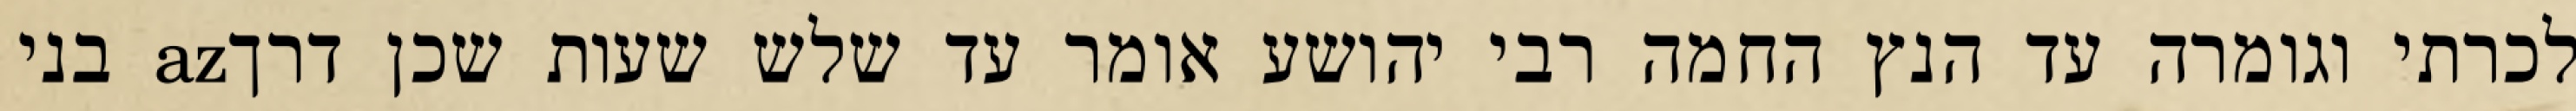
לכרתי וגומרה עד הנץ החמה רבי יהושע אומר עד שלש שעות שכן דרךaz בני